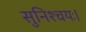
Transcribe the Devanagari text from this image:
सुनिश्चयः।